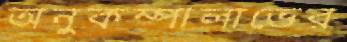
অনুকম্পালাভের